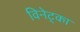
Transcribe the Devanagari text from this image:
विनेट्का